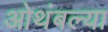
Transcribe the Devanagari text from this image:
ओथंबल्या